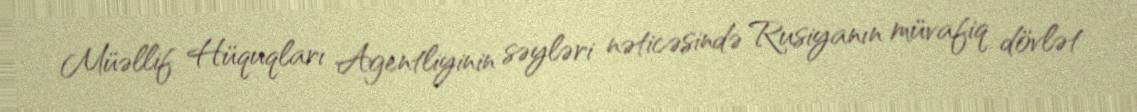
Müəllif Hüquqları Agentliyinin səyləri nəticəsində Rusiyanın müvafiq dövlət